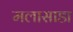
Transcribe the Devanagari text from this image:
मलासाडा